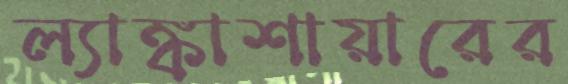
ল্যাঙ্কাশায়ারের